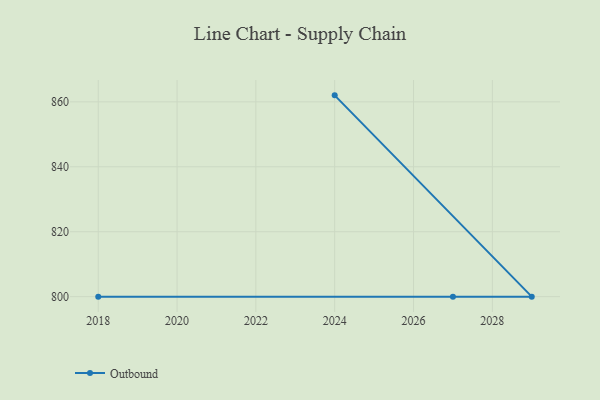
{"axis": {"x": "Year", "y": "Temperature (°C)"}, "legend": ["Outbound"], "data": [{"x": "2024", "y": 862.0, "type": "Outbound"}, {"x": "2029", "y": 800, "type": "Outbound"}, {"x": "2018", "y": 800, "type": "Outbound"}, {"x": "2027", "y": 800, "type": "Outbound"}]}